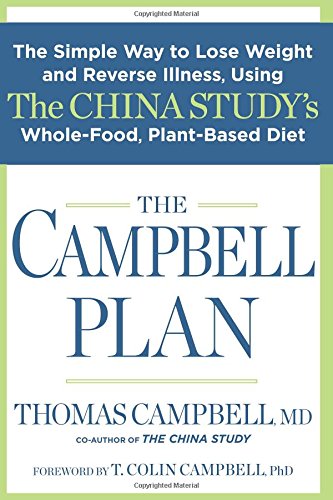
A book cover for The Campbell Plan: The Simple Way to Lose Weight and Reverse Illness, Using The China Study's Whole-Food, Plant-Based Diet; Thomas Campbell; Health, Fitness & Dieting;